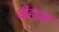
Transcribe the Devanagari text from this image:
बीहड़ता